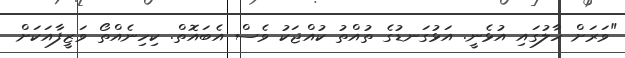
"ވަރަށް ހާލުގައި އުޅެނީ. އަޅުގަނޑުގެ ތުއްތު ކުއްޖަކު ވެސް އެބައޮތް. ކިހިނެއްތޯ ވަޒީފާއަކަށް